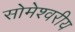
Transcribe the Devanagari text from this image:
सोमेश्वरीय